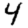
Digit: 4